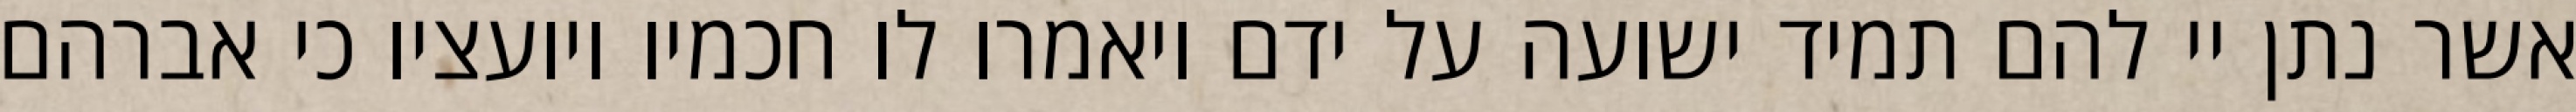
אשר נתן יי להם תמיד ישועה על ידם ויאמרו לו חכמיו ויועציו כי אברהם